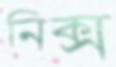
নিক্স